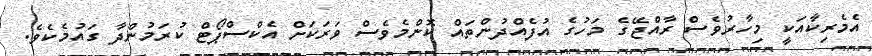
އެމެެރިކާއަކީ މިހާރުވެސް ރާއްޖޭގެ މަހުގެ އުފެއްދުންތައް ކޮންމެވެސް ވަރަކަށް އެކްސްޕޯޓް ކުރަމުންދާ ގައުމެކެވެ.